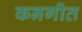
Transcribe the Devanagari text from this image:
कनगीत